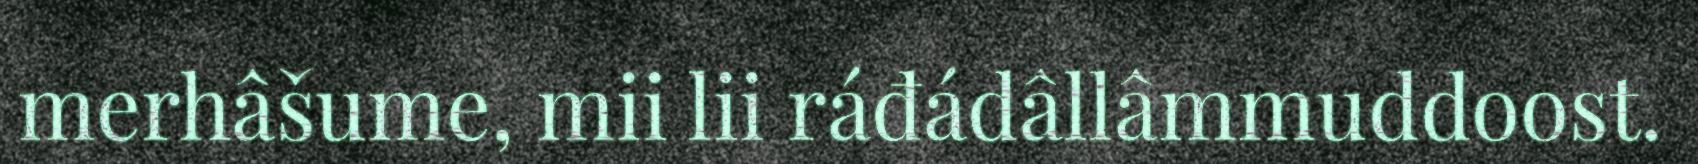
merhâšume, mii lii ráđádâllâmmuddoost.